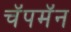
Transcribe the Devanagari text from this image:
चॅपमॅन